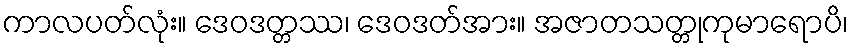
ကာလပတ်လုံး။ ဒေဝဒတ္တဿ၊ ဒေဝဒတ်အား။ အဇာတသတ္တုကုမာရောပိ၊